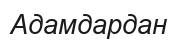
Адамдардан